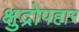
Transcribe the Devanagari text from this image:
क्षुद्रोपहार